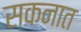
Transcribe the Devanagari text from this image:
सकनात